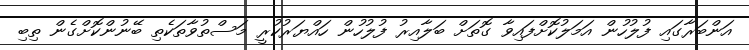
އަންބަރާގައި ފުލުހުން އަމަލުކޮށްފައިވާ ގޮތަށް ބަލާއިރު ފުލުހުން ހައްޔަރުކުރީ މަސްތުވާތަކެތި ބޭނުންކޮށްގެން ތިބި